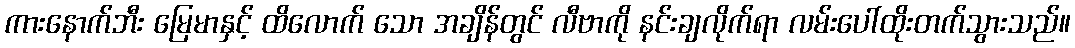
ကားနောက်ဘီး မြေမာနှင့် ထိလောက် သော အချိန်တွင် လီဗာကို နင်းချလိုက်ရာ လမ်းပေါ်ထိုးတက်သွားသည်။